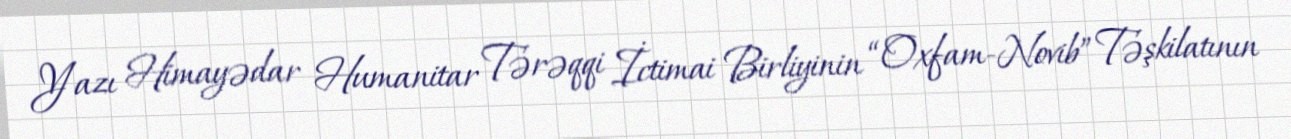
Yazı Himayədar Humanitar Tərəqqi İctimai Birliyinin “Oxfam-Novib” Təşkilatının